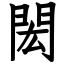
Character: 閎